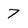
Character: 7